Report on lock hospitals in British Burma
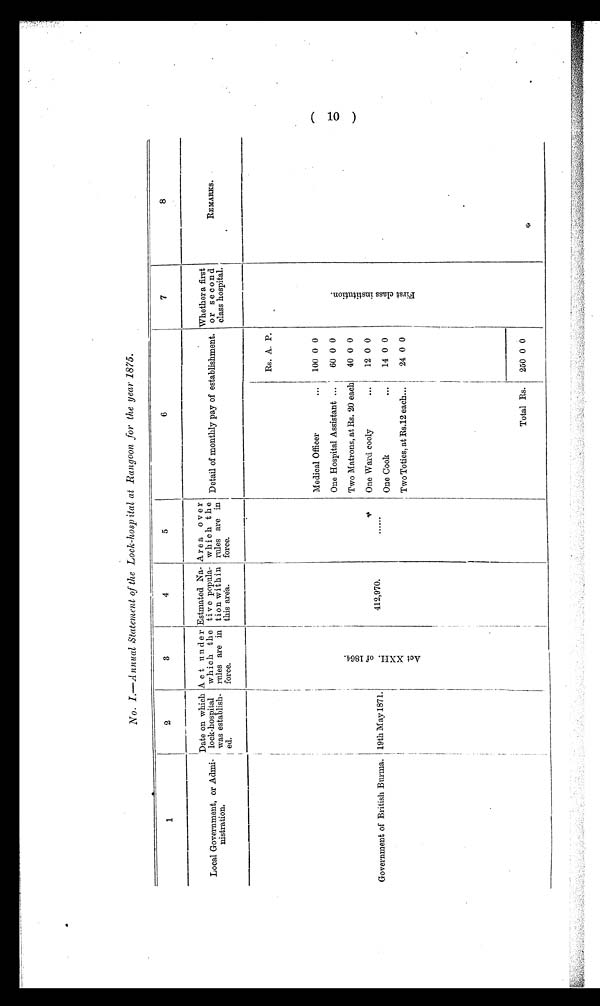
No. I.—Annual Statement of the Lock-hospital at Rangoon for the year 1875.
1
2
3
I
4
5
6
7
8
Local Government, or Admi-
nistration.
Date on which
lock-hospital
was establish-
ed.
A c t u n d e r
which the
rules are in
force.
Estmated Na-
ti v e popula-
t ion within
this area.
Area over
w h i c h t h e
rules are in
force.
Detail of monthly pay of establishment.
Whether a first
o r s e con d
class hospital.
REMARKS.
Rs. A. P.
F r i s t c l a s s i n s t i t u t i o n
100 0 0
Medical Officer
...
One Hospital Assistant ...
60 0 0
A c t X X I I . o f 1 8 6 4
Two Matrons, at Rs. 20 each
40 0 0
One Ward cooly
...
12 0 0
1 9 t h M a y 1 8 7 1 .
Government of British Burma.
1
412,970.
......
One Cook
...
14 0 0
24 0 0
Two Toties, at Rs.12 each...
Total Rs.
250 0
(10)